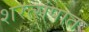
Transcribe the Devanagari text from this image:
शरत्संपात